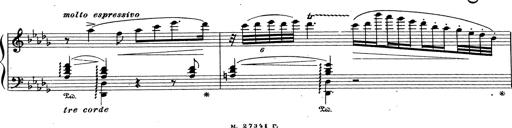
Title: Grosses Konzertsolo
Composer: Franz Liszt